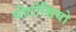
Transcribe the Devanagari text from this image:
पोर्टासियो